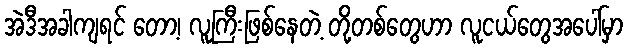
အဲဒီအခါကျရင် တော့၊ လူကြီးဖြစ်နေတဲ့ တို့တစ်တွေဟာ လူငယ်တွေအပေါ်မှာ